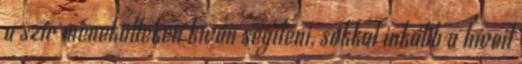
a szír menekülteken kíván segíteni, sokkal inkább a híveit